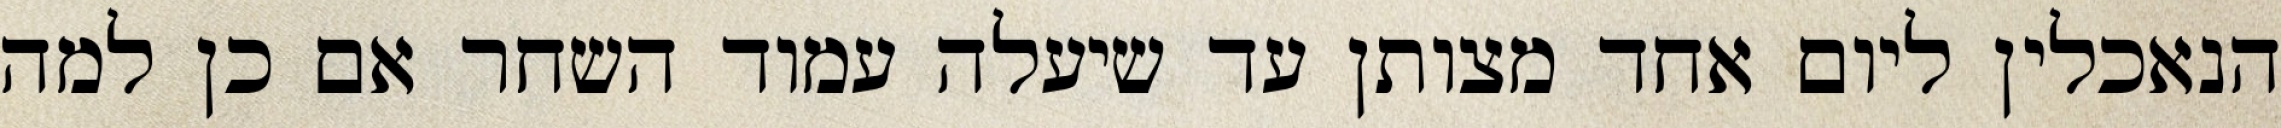
הנאכלין ליום אחד מצותן עד שיעלה עמוד השחר אם כן למה